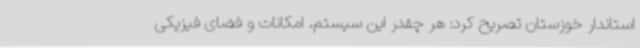
استاندار خوزستان تصریح کرد: هر چقدر این سیستم، امکانات و فضای فیزیکی